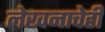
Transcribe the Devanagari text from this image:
लेखनाचेही